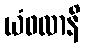
ယံဖလာနိ